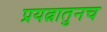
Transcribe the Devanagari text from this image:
प्रयत्नातुनच